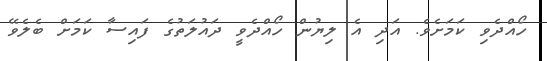
ހޯއްދެވި ކަމަށެވެ. އަދި އެ ލިޔުން ހޯއްދެވީ ދައުލަތުގެ ފައިސާ ކަމަށް ބެލެވޭ